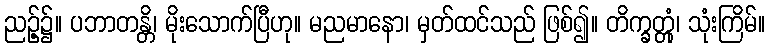
ညဉ့်၌။ ပဘာတန္တိ၊ မိုးသောက်ပြီဟု။ မညမာနော၊ မှတ်ထင်သည် ဖြစ်၍။ တိက္ခတ္တုံ၊ သုံးကြိမ်။